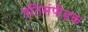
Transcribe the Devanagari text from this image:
प्रतिसंपीडक